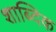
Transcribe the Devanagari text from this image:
शाब्दिक